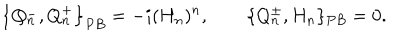
\left\{ Q _ { n } ^ { - } , Q _ { n } ^ { + } \right\} _ { P B } = - i ( H _ { n } ) ^ { n } , \qquad \{ Q _ { n } ^ { \pm } , H _ { n } \} _ { P B } = 0 .